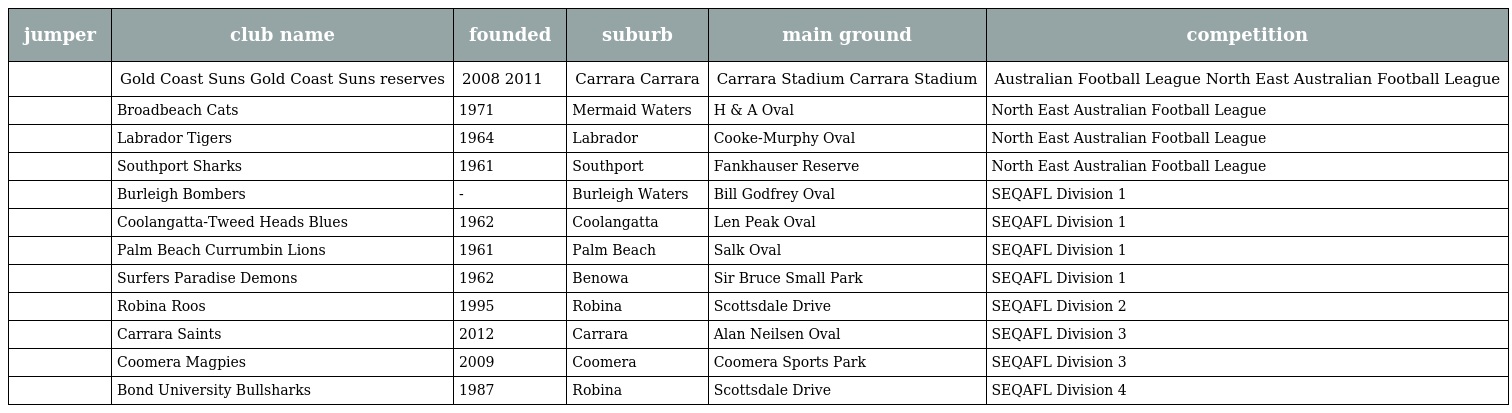
| jumper | club name | founded | suburb | main ground | competition |
 | --- | --- | --- | --- | --- | --- |
 |  | Gold Coast Suns Gold Coast Suns reserves | 2008 2011 | Carrara Carrara | Carrara Stadium Carrara Stadium | Australian Football League North East Australian Football League |
 |  | Broadbeach Cats | 1971 | Mermaid Waters | H & A Oval | North East Australian Football League |
 |  | Labrador Tigers | 1964 | Labrador | Cooke-Murphy Oval | North East Australian Football League |
 |  | Southport Sharks | 1961 | Southport | Fankhauser Reserve | North East Australian Football League |
 |  | Burleigh Bombers | - | Burleigh Waters | Bill Godfrey Oval | SEQAFL Division 1 |
 |  | Coolangatta-Tweed Heads Blues | 1962 | Coolangatta | Len Peak Oval | SEQAFL Division 1 |
 |  | Palm Beach Currumbin Lions | 1961 | Palm Beach | Salk Oval | SEQAFL Division 1 |
 |  | Surfers Paradise Demons | 1962 | Benowa | Sir Bruce Small Park | SEQAFL Division 1 |
 |  | Robina Roos | 1995 | Robina | Scottsdale Drive | SEQAFL Division 2 |
 |  | Carrara Saints | 2012 | Carrara | Alan Neilsen Oval | SEQAFL Division 3 |
 |  | Coomera Magpies | 2009 | Coomera | Coomera Sports Park | SEQAFL Division 3 |
 |  | Bond University Bullsharks | 1987 | Robina | Scottsdale Drive | SEQAFL Division 4 |